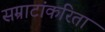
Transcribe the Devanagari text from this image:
सम्राटांकरिता